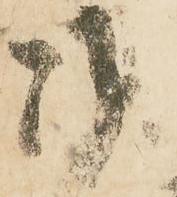
御